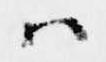
ハ